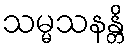
သမ္မသနန္တိ